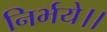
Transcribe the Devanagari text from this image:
निर्भये।।